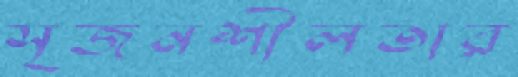
সৃজনশীলতার